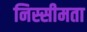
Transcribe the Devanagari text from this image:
निस्सीमता